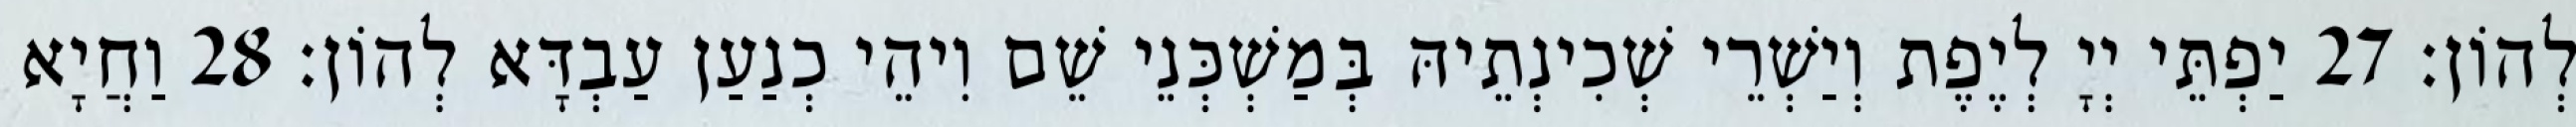
לְהוֹן׃ 27 יַפְתֵּי יְיָ לְיֶפֶת וְיַשְׁרֵי שְׁכִינְתֵיהּ בְּמַשְׁכְּנֵי שֵׁם וִיהֵי כְנַעַן עַבְדָּא לְהוֹן׃ 28 וַחֲיָא